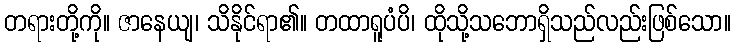
တရားတို့ကို။ ဇာနေယျ၊ သိနိုင်ရာ၏။ တထာရူပံပိ၊ ထိုသို့သဘောရှိသည်လည်းဖြစ်သော။